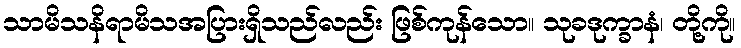
သာမိသနိရာမိသအပြားရှိသည်လည်း ဖြစ်ကုန်သော။ သုခဒုက္ခာနံ၊ တို့ကို။